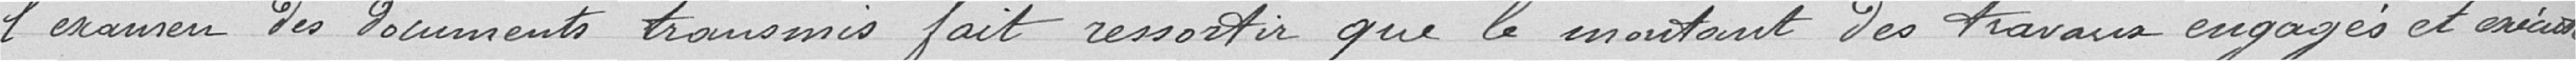
l'examen des documents transmis fait ressortir que le montant des travaux engagés et exécutés